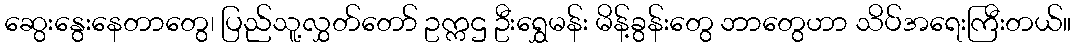
ဆွေးနွေးနေတာတွေ၊ ပြည်သူ့လွှတ်တော် ဥက္ကဌ ဦးရွှေမန်း မိန့်ခွန်းတွေ ဘာတွေဟာ သိပ်အရေးကြီးတယ်။